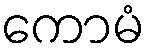
ကောမံ